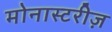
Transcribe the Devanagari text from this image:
मोनास्टरीज़